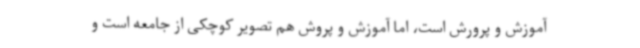
آموزش و پرورش است، اما آموزش و پروش هم تصویر کوچکی از جامعه است و